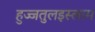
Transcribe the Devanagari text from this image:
हुज्जतुलइस्लाम